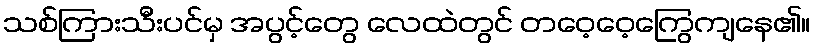
သစ်ကြားသီးပင်မှ အပွင့်တွေ လေထဲတွင် တဝေ့ဝေ့ကြွေကျနေ၏။